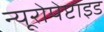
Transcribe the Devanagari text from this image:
न्यूरोपेप्टाइड